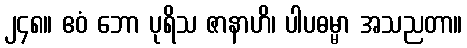
၂၄၈။ ဧဝံ ဘော ပုရိသ ဇာနာဟိ၊ ပါပဓမ္မာ အသညတာ။